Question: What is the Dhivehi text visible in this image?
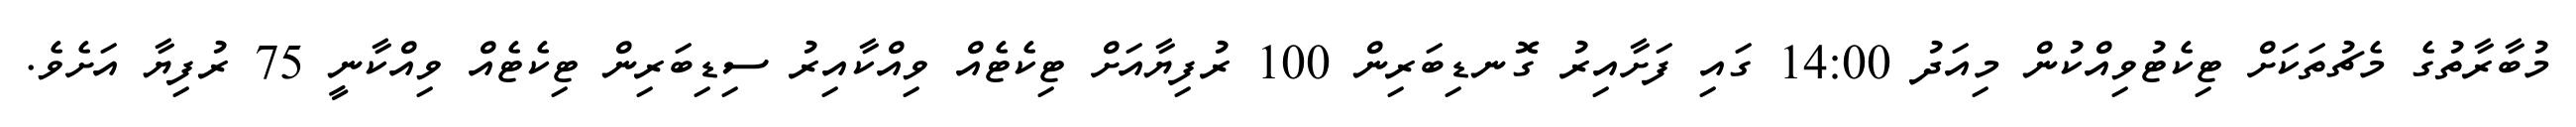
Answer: މުބާރާތުގެ މެޗުތަކަށް ޓިކެޓުވިއްކުން މިއަދު 14:00 ގައި ފަށާއިރު ގޮނޑިބަރިން 100 ރުފިޔާއަށް ޓިކެޓެއް ވިއްކާއިރު ސިޑިބަރިން ޓިކެޓެއް ވިއްކާނީ 75 ރުފިޔާ އަށެވެ.